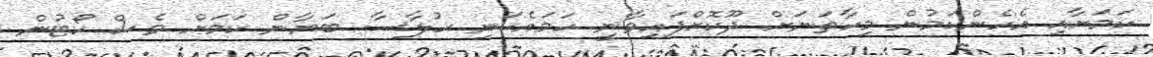
ކަމަށާއި އެހެންކަމުން މިހާތަނަށް ދޫކޮށްފައިވާނީ ހަމައެކަނި ހުލާސާ ބަޔާން ކަމަށް ވެސް ކޯޓުން